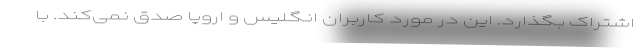
اشتراک بگذارد. این در مورد کاربران انگلیس و اروپا صدق نمی‌کند. با